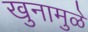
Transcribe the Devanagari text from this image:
खुनामुळे